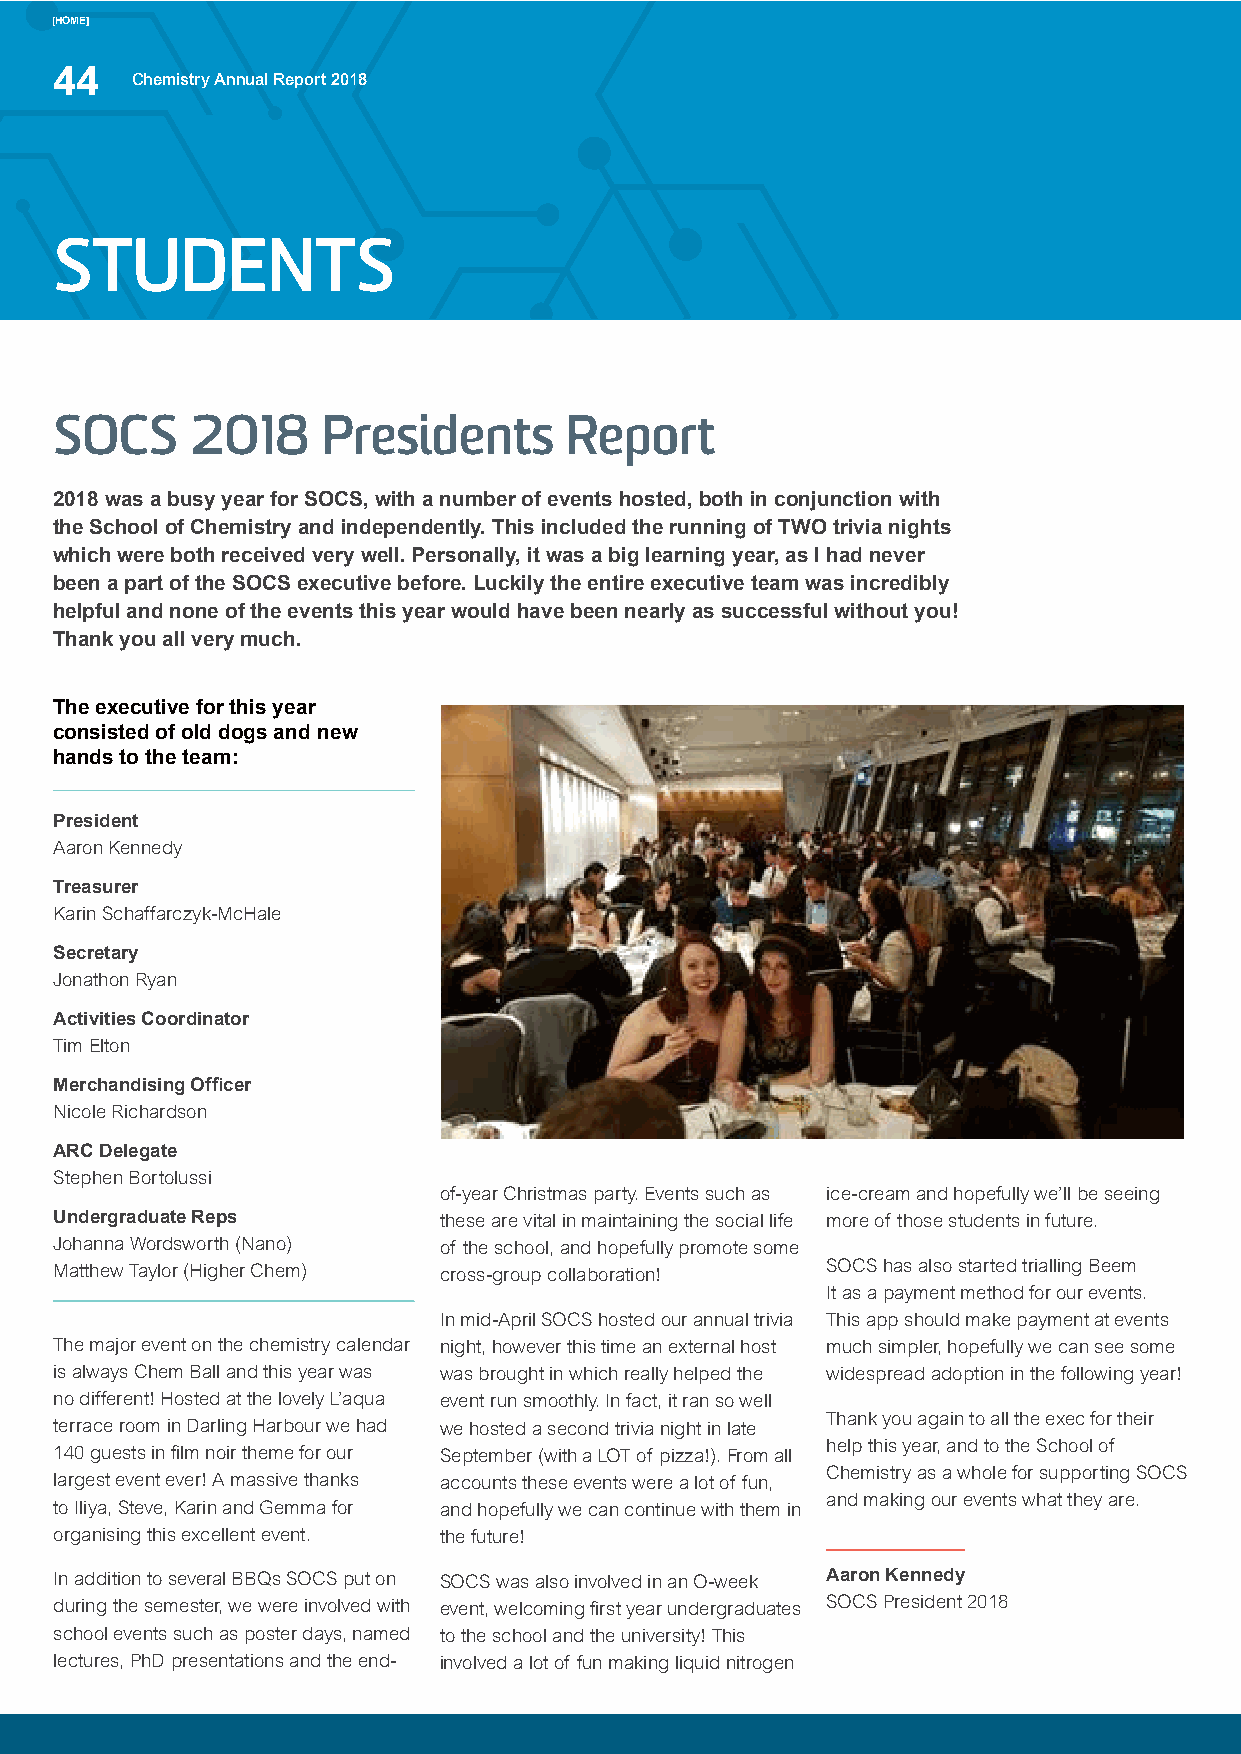
[HOME]
 44
 Chemistry Annual Report 2018
 STUDENTS
 SOCS     2018    Presidents      Report
 2018 was a busy year for SOCS, with a number of events hosted, both in conjunction with
 the School of Chemistry and independently. This included the running of TWO trivia nights
 which were both received very well. Personally, it was a big learning year, as I had never
 been a part of the SOCS executive before. Luckily the entire executive team was incredibly
 helpful and none of the events this year would have been nearly as successful without you!
 Thank you all very much.
 The executive for this year
 consisted of old dogs and new
 hands to the team:
 President
 Aaron Kennedy
 Treasurer
 Karin Schaffarczyk-McHale
 Secretary
 Jonathon Ryan
 Activities Coordinator
 Tim Elton
 Merchandising Officer
 Nicole Richardson
 ARC Delegate
 Stephen Bortolussi
 of-year Christmas party. Events such as ice-cream and hopefully we’ll be seeing
 Undergraduate Reps       these are vital in maintaining the social life more of those students in future.
 Johanna Wordsworth (Nano) of the school, and hopefully promote some
 Matthew Taylor (Higher Chem) cross-group collaboration! SOCS has also started trialling Beem
 It as a payment method for our events.
 In mid-April SOCS hosted our annual trivia This app should make payment at events
 The major event on the chemistry calendar night, however this time an external host much simpler, hopefully we can see some
 is always Chem Ball and this year was was brought in which really helped the widespread adoption in the following year!
 no different! Hosted at the lovely L’aqua event run smoothly. In fact, it ran so well
 Thank you again to all the exec for their
 terrace room in Darling Harbour we had we hosted a second trivia night in late
 help this year, and to the School of
 140 guests in film noir theme for our September (with a LOT of pizza!). From all
 Chemistry as a whole for supporting SOCS
 largest event ever! A massive thanks accounts these events were a lot of fun,
 and making our events what they are.
 to Iliya, Steve, Karin and Gemma for and hopefully we can continue with them in
 organising this excellent event. the future!
 In addition to several BBQs SOCS put on SOCS was also involved in an O-week Aaron Kennedy
 during the semester, we were involved with event, welcoming first year undergraduates SOCS President 2018
 school events such as poster days, named to the school and the university! This
 lectures, PhD presentations and the end- involved a lot of fun making liquid nitrogen